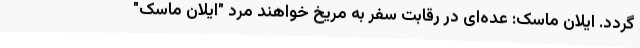
گردد. ایلان ماسک: عده‌ای در رقابت سفر به مریخ خواهند مرد "ایلان ماسک"